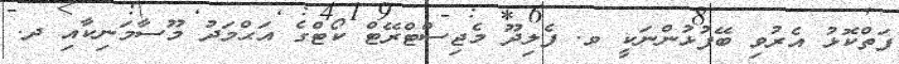
ފަތްކޮޅު އެރުވި ބޭފުޅުންނަކީ ވ. ފެލިދޫ މެޖިސްޓްރޭޓް ކޯޓްގެ އަޙްމަދު މޫސާމަނިކާއި ދ.